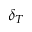
\delta _ { T }